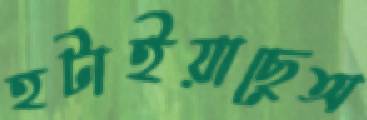
হটাইয়াছেঅ